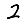
Digit: 2